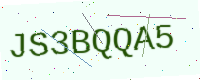
Text: JS3BQQA5